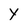
Character: y